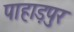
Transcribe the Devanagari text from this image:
पाहाड़पुर